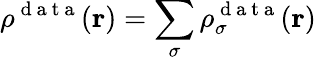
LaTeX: \rho^{\mathrm{~d~a~t~a~}}(\boldsymbol{\textbf{r}})=\sum_{\sigma}\rho_{\sigma}^{\mathrm{~d~a~t~a~}}(\boldsymbol{\textbf{r}})